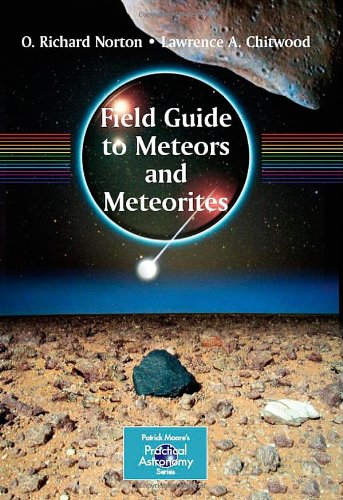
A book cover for Field Guide to Meteors and Meteorites (The Patrick Moore Practical Astronomy Series); O. Richard Norton; Science & Math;